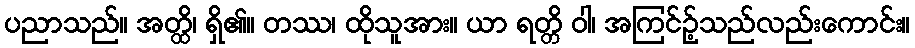
ပညာသည်။ အတ္ထိ၊ ရှိ၏။ တဿ၊ ထိုသူအား။ ယာ ရတ္တိ ဝါ၊ အကြင်ဉ့်သည်လည်းကောင်း။